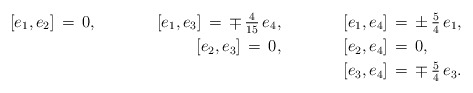
\begin{align*}{}[e_1,e_2]\,=\,0,\ \ \ \ \ \ \ \ \ \ \ [e_1,e_3]\,=\,\mp\,\tfrac{4}{15}\,e_4,\ \ \ \ \ \ \ \ \ \ \ [e_1,e_4]&\,=\,\pm\,\tfrac{5}{4}\,e_1,\\{}[e_2,e_3]\,=\,0,\ \ \ \ \ \ \ \ \ \ \ [e_2,e_4]&\,=\,0,\\{}[e_3,e_4]&\,=\,\mp\,\tfrac{5}{4}\,e_3.\end{align*}